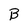
Character: B